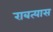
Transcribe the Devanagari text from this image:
राबत्यास